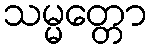
သမ္မတ္တော